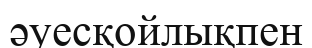
әуесқойлықпен